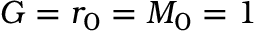
G = r _ { 0 } = M _ { 0 } = 1